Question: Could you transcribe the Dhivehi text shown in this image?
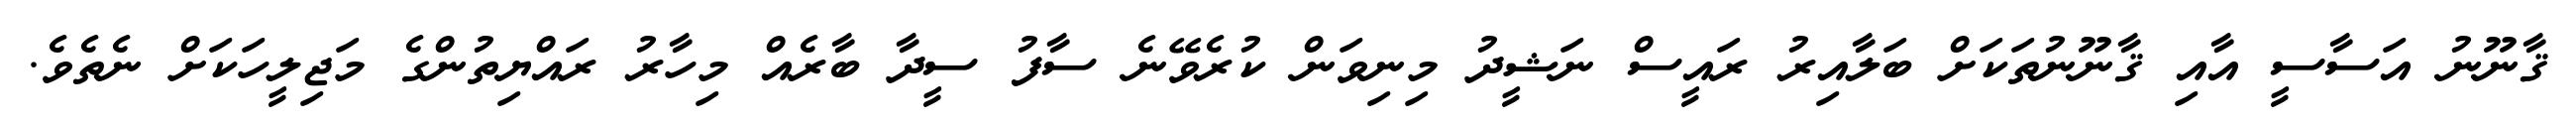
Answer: ޤާނޫނު އަސާސީ އާއި ޤާނޫނުތަކަށް ބަލާއިރު ރައީސް ނަޝީދު މިނިވަން ކުރެވޭނެ ސާފު ސީދާ ބާރެއް މިހާރު ރައްޔިތުންގެ މަޖިލީހަކަށް ނެތެވެ.